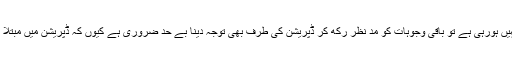
اگر شوگر میں مبتلا مریض کی شوگر کنٹرول نہیں ہورہی ہے تو باقی وجوہات کو مد نظر رکھ کر ڈپریشن کی طرف بھی توجہ دینا بے حد ضروری ہے کیوں کہ ڈپریشن میں مبتلا مریضوں کا بلڈ شوگر کنٹرول میں نہیں رہتا ہے۔